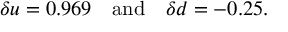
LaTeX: \delta u = 0 . 9 6 9 \quad \mathrm { a n d } \quad \delta d = - 0 . 2 5 .